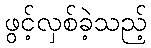
ဖွင့်လှစ်ခဲ့သည့်